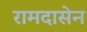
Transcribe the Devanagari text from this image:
रामदासेन